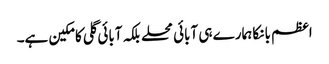
اعظم بانکا ہمارے ہی آبائی محلے بلکہ آبائی گلی کا مکین ہے۔